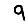
Digit: 9